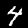
Digit: 4